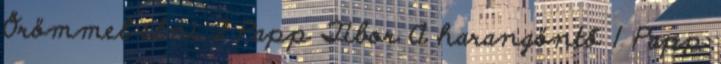
Örömmel élni 2 Papp Tibor A harangöntő 1 Papp